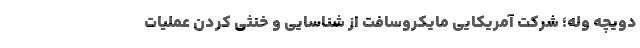
دویچه وله؛ شرکت آمریکایی مایکروسافت از شناسایی و خنثی کردن عملیات